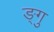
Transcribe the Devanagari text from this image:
ङ्गु